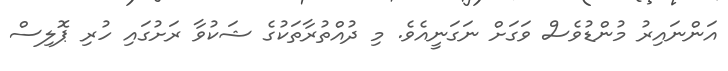
އަންނައިރު މުންޑުވެސް ވަގަށް ނަގަނީއެވެ. މި ދުއްތުރާތަކުގެ ޝަކުވާ ރަށުގައި ހުރި ޕޮލިސް